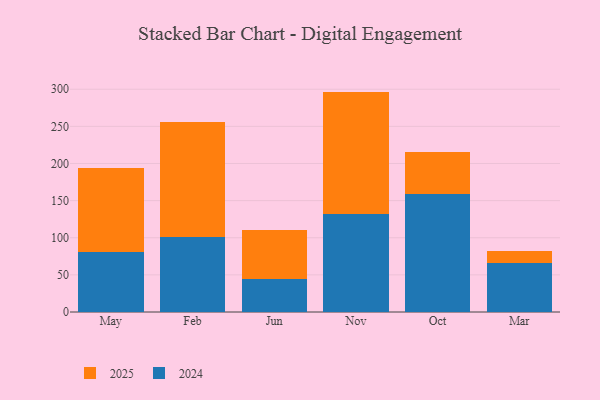
{"axis": {"x": "Month", "y": "Churn Rate (%)"}, "legend": ["2024", "2025"], "data": [{"x": "May", "y": 80.4, "type": "2024"}, {"x": "May", "y": 113.7, "type": "2025"}, {"x": "Feb", "y": 100.6, "type": "2024"}, {"x": "Feb", "y": 155.0, "type": "2025"}, {"x": "Jun", "y": 43.9, "type": "2024"}, {"x": "Jun", "y": 65.9, "type": "2025"}, {"x": "Nov", "y": 132.0, "type": "2024"}, {"x": "Nov", "y": 164.8, "type": "2025"}, {"x": "Oct", "y": 158.5, "type": "2024"}, {"x": "Oct", "y": 56.6, "type": "2025"}, {"x": "Mar", "y": 65.7, "type": "2024"}, {"x": "Mar", "y": 15.9, "type": "2025"}]}